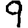
Digit: 9